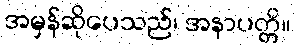
အမှန်ဆိုပေသည်၊ အနာပတ္တိ။